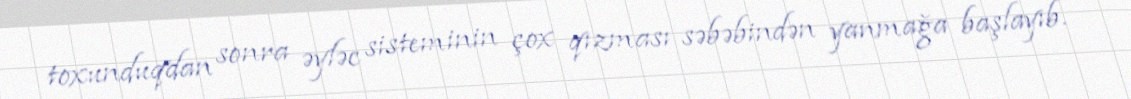
toxunduqdan sonra əyləc sisteminin çox qızması səbəbindən yanmağa başlayıb.